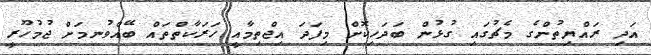
އަދި ރައްޔިތުންގެ މެޗުގައި ގުޅުން ބަދަހިކޮށް މިފަދަ އިޖްތިމާއީ ހަރަކާތްތައް ބޭއްވުނމަށް ޖުމުހޫރީ